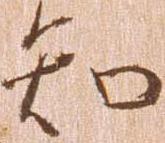
知